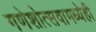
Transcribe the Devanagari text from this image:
गणेशोत्सवामध्येही